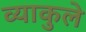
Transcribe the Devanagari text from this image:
व्याकुले